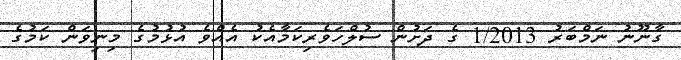
ގާނޫނު ނަމްބަރު 1/2013 ގެ ދަށުން ސުލްހަވެރިކަމާއެކު އެއްވެ އުޅުމުގެ މިނިވަން ކަމުގެ